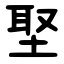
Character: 埾